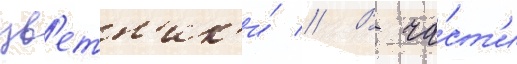
цв'етн'ик'и́ // В ча́ст'и